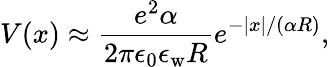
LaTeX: V(x)\approx\frac{e^{2}\alpha}{2\pi\epsilon_{0}\epsilon_{\mathrm{w}}R}e^{-|x|/(\alpha R)},